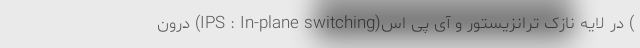
) در لایه نازک ترانزیستور و آی پی اس(IPS : In-plane switching) درون